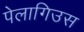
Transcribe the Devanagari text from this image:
पेलागिउस